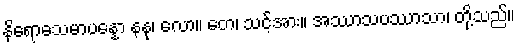
နိရောဓသမာပန္နော နနု၊ လော။ တေ၊ သင့်အား။ အဿာသပဿာသာ၊ တို့သည်။